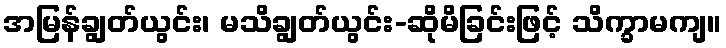
အမြန်ချွတ်ယွင်း၊ မသိချွတ်ယွင်း-ဆိုမိခြင်းဖြင့် သိက္ခာမကျ။